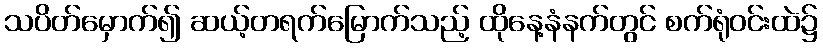
သပိတ်မှောက်၍ ဆယ့်တရက်မြောက်သည့် ထိုနေ့နံနက်တွင် စက်ရုံဝင်းထဲ၌